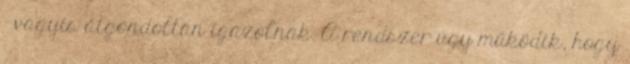
– vagyis átgondoltan igazolnak. A rendszer úgy működik, hogy